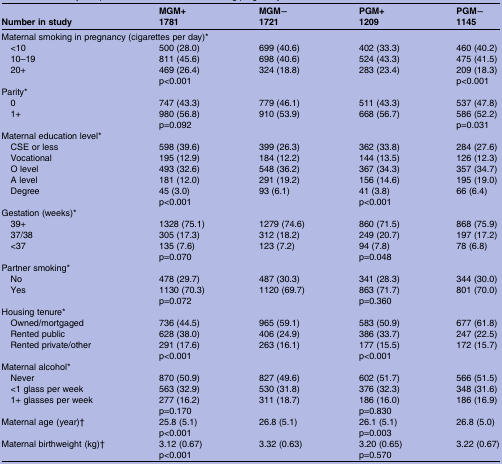
<table><thead><tr><td></td><td><b>MGM+</b></td><td><b>MGM−</b></td><td><b>PGM+</b></td><td><b>PGM−</b></td></tr><tr><td><b>Number in study</b></td><td><b>1781</b></td><td><b>1721</b></td><td><b>1209</b></td><td><b>1145</b></td></tr></thead><tbody><tr><td colspan="5">Maternal smoking in pregnancy (cigarettes per day)*</td></tr><tr><td> &lt;10</td><td>500 (28.0)</td><td>699 (40.6)</td><td>402 (33.3)</td><td>460 (40.2)</td></tr><tr><td> 10–19</td><td>811 (45.6)</td><td>698 (40.6)</td><td>524 (43.3)</td><td>475 (41.5)</td></tr><tr><td> 20+</td><td>469 (26.4)</td><td>324 (18.8)</td><td>283 (23.4)</td><td>209 (18.3)</td></tr><tr><td></td><td colspan="3">p&lt;0.001</td><td>p&lt;0.001</td></tr><tr><td colspan="5">Parity*</td></tr><tr><td> 0</td><td>747 (43.3)</td><td>779 (46.1)</td><td>511 (43.3)</td><td>537 (47.8)</td></tr><tr><td> 1+</td><td>980 (56.8)</td><td>910 (53.9)</td><td>668 (56.7)</td><td>586 (52.2)</td></tr><tr><td></td><td colspan="3">p=0.092</td><td>p=0.031</td></tr><tr><td colspan="5">Maternal education level*</td></tr><tr><td> CSE or less</td><td>598 (39.6)</td><td>399 (26.3)</td><td>362 (33.8)</td><td>284 (27.6)</td></tr><tr><td> Vocational</td><td>195 (12.9)</td><td>184 (12.2)</td><td>144 (13.5)</td><td>126 (12.3)</td></tr><tr><td> O level</td><td>493 (32.6)</td><td>548 (36.2)</td><td>367 (34.3)</td><td>357 (34.7)</td></tr><tr><td> A level</td><td>181 (12.0)</td><td>291 (19.2)</td><td>156 (14.6)</td><td>195 (19.0)</td></tr><tr><td> Degree</td><td>45 (3.0)</td><td>93 (6.1)</td><td>41 (3.8)</td><td>66 (6.4)</td></tr><tr><td> </td><td colspan="2">p&lt;0.001</td><td colspan="2">p&lt;0.001</td></tr><tr><td colspan="5">Gestation (weeks)*</td></tr><tr><td> 39+</td><td>1328 (75.1)</td><td>1279 (74.6)</td><td>860 (71.5)</td><td>868 (75.9)</td></tr><tr><td> 37/38</td><td>305 (17.3)</td><td>312 (18.2)</td><td>249 (20.7)</td><td>197 (17.2)</td></tr><tr><td> &lt;37</td><td>135 (7.6) </td><td>123 (7.2)</td><td>94 (7.8)</td><td>78 (6.8)</td></tr><tr><td> </td><td colspan="2">p=0.070</td><td colspan="2">p=0.048</td></tr><tr><td colspan="5">Partner smoking*</td></tr><tr><td> No</td><td>478 (29.7)</td><td>487 (30.3)</td><td>341 (28.3)</td><td>344 (30.0)</td></tr><tr><td> Yes</td><td>1130 (70.3)</td><td>1120 (69.7)</td><td>863 (71.7)</td><td>801 (70.0)</td></tr><tr><td> </td><td colspan="2">p=0.072</td><td colspan="2">p=0.360</td></tr><tr><td colspan="5">Housing tenure*</td></tr><tr><td> Owned/mortgaged</td><td>736 (44.5)</td><td>965 (59.1)</td><td>583 (50.9)</td><td>677 (61.8)</td></tr><tr><td> Rented public</td><td>628 (38.0)</td><td>406 (24.9)</td><td>386 (33.7)</td><td>247 (22.5)</td></tr><tr><td> Rented private/other</td><td>291 (17.6)</td><td>263 (16.1)</td><td>177 (15.5)</td><td>172 (15.7)</td></tr><tr><td> </td><td colspan="2">p&lt;0.001</td><td colspan="2">p&lt;0.001</td></tr><tr><td colspan="5">Maternal alcohol*</td></tr><tr><td> Never</td><td>870 (50.9)</td><td>827 (49.6)</td><td>602 (51.7)</td><td>566 (51.5)</td></tr><tr><td> &lt;1 glass per week</td><td>563 (32.9)</td><td>530 (31.8)</td><td>376 (32.3)</td><td>348 (31.6)</td></tr><tr><td> 1+ glasses per week</td><td>277 (16.2)</td><td>311 (18.7)</td><td>186 (16.0)</td><td>186 (16.9)</td></tr><tr><td> </td><td colspan="2">p=0.170</td><td colspan="2">p=0.830</td></tr><tr><td>Maternal age (year)†</td><td>25.8 (5.1)</td><td>26.8 (5.1)</td><td>26.1 (5.1)</td><td>26.8 (5.0)</td></tr><tr><td> </td><td colspan="2">p&lt;0.001</td><td colspan="2">p=0.003</td></tr><tr><td>Maternal birthweight (kg)†</td><td>3.12 (0.67)</td><td>3.32 (0.63)</td><td>3.20 (0.65)</td><td>3.22 (0.67)</td></tr><tr><td> </td><td colspan="2">p&lt;0.001</td><td colspan="2">p=0.570</td></tr></tbody></table>